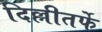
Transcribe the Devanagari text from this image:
दिल्लीतर्फे